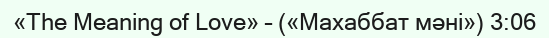
«The Meaning of Love» – («Махаббат мәні») 3:06